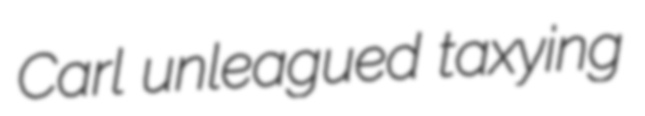
Carl unleagued taxying